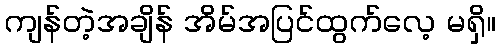
ကျန်တဲ့အချိန် အိမ်အပြင်ထွက်လေ့ မရှိ။